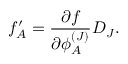
f _ { A } ^ { \prime } = \frac { \partial f } { \partial \phi _ { A } ^ { ( J ) } } D _ { J } .